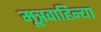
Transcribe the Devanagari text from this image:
मूत्रवाहिन्या